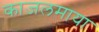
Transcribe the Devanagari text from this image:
काजलमाया